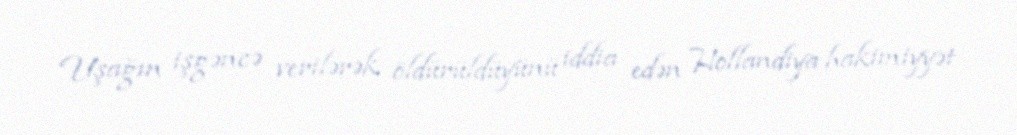
Uşağın işgəncə verilərək öldürüldüyünü iddia edən Hollandiya hakimiyyət